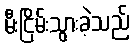
မီးငြိမ်းသွားခဲ့သည်